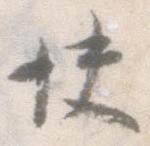
快